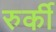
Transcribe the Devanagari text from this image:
रुर्की